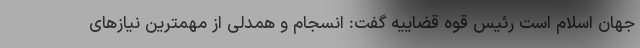
جهان اسلام است رئیس قوه قضاییه گفت: انسجام و همدلی از مهمترین نیازهای